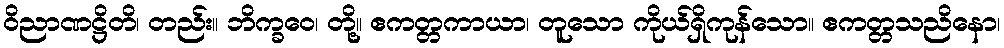
ဝိညာဏဋ္ဌိတိ၊ တည်း။ ဘိက္ခဝေ၊ တို့။ ဧကတ္တကာယာ၊ တူသော ကိုယ်ရှိကုန်သော။ ဧကတ္တသညိနော၊